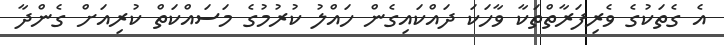
އެ ގެތަކުގެ ވެރިފަރާތްތަކާ ވާހަކަ ދައްކައިގެން ހައްލު ކުރުމުގެ މަސައްކަތް ކުރިއަށް ގެންދާ